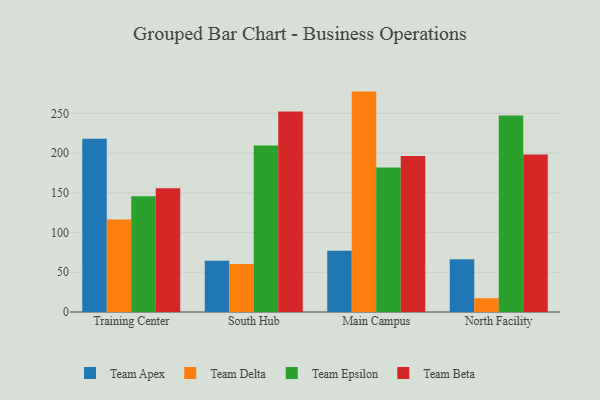
{"axis": {"x": "Campus", "y": "Churn Rate (%)"}, "legend": ["Team Apex", "Team Beta", "Team Delta", "Team Epsilon"], "data": [{"x": "Training Center", "y": 218.2, "type": "Team Apex"}, {"x": "Training Center", "y": 116.5, "type": "Team Delta"}, {"x": "Training Center", "y": 145.7, "type": "Team Epsilon"}, {"x": "Training Center", "y": 155.9, "type": "Team Beta"}, {"x": "South Hub", "y": 64.6, "type": "Team Apex"}, {"x": "South Hub", "y": 60.4, "type": "Team Delta"}, {"x": "South Hub", "y": 209.5, "type": "Team Epsilon"}, {"x": "South Hub", "y": 252.4, "type": "Team Beta"}, {"x": "Main Campus", "y": 77.0, "type": "Team Apex"}, {"x": "Main Campus", "y": 277.4, "type": "Team Delta"}, {"x": "Main Campus", "y": 181.9, "type": "Team Epsilon"}, {"x": "Main Campus", "y": 196.5, "type": "Team Beta"}, {"x": "North Facility", "y": 66.4, "type": "Team Apex"}, {"x": "North Facility", "y": 17.3, "type": "Team Delta"}, {"x": "North Facility", "y": 247.4, "type": "Team Epsilon"}, {"x": "North Facility", "y": 198.1, "type": "Team Beta"}]}